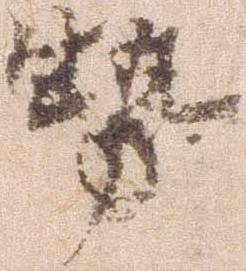
勢